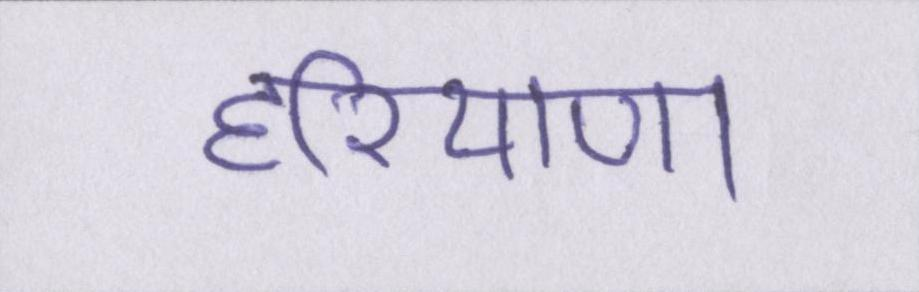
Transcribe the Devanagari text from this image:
हरियाणा